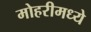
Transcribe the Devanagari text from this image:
मोहरीमध्ये